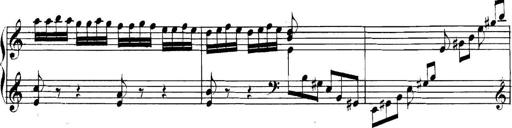
Title: Collected Piano Sonatas
Composer: Muzio Clementi